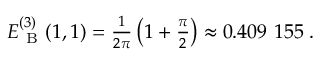
\begin{array} { r } { E _ { \mathrm { ~ B ~ } } ^ { ( 3 ) } ( 1 , 1 ) = \frac { 1 } { 2 \pi } \left( 1 + \frac { \pi } { 2 } \right) \approx 0 . 4 0 9 \ 1 5 5 \; . } \end{array}